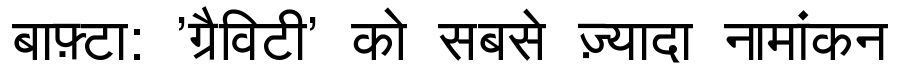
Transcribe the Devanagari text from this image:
बाफ़्टा: 'ग्रैविटी' को सबसे ज़्यादा नामांकन